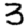
Digit: 3